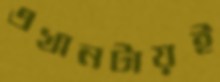
এখানটায়ই